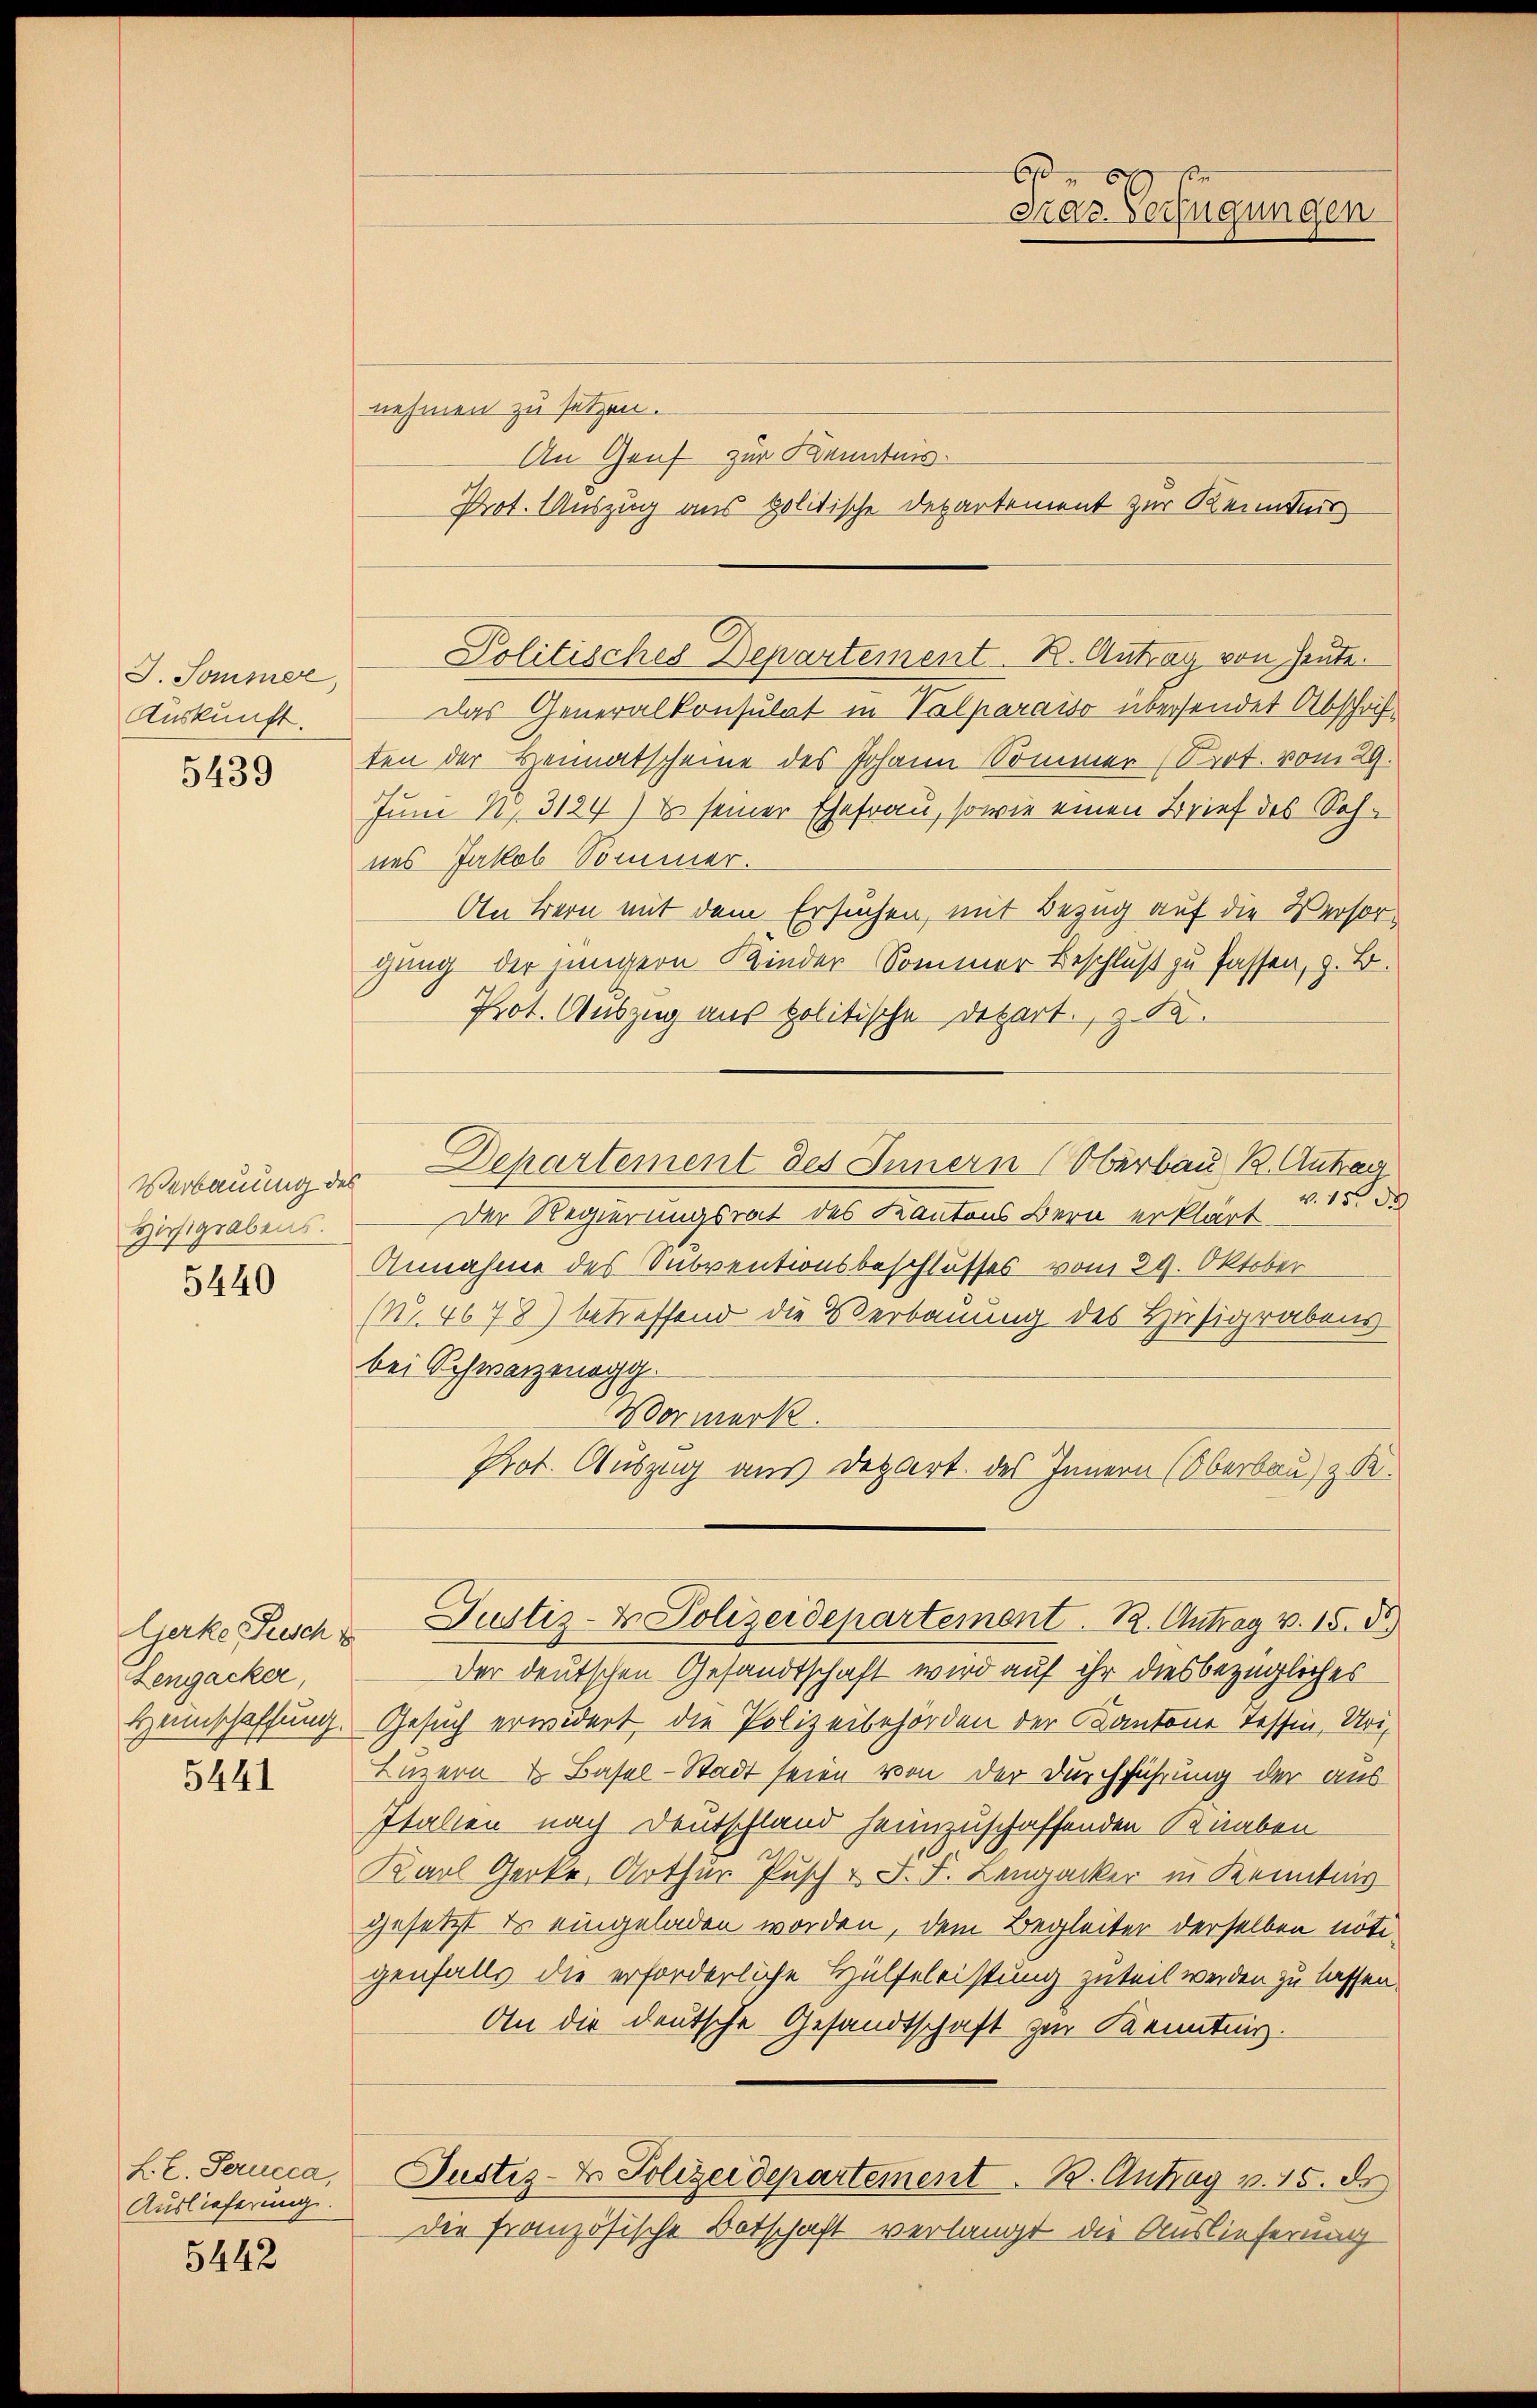
J. Sommer,
Auskunft.

5439

Hirsigrabens.
5440

Lengacker,

5441

f. E. Gerucca,
Auslieferung.

5442

nehmen zu setzen.
An Genf zur Kenntnis.
Das Generalkonsulat in Valparaiso übersendet Abschrif
ten der Heimatscheine des Johann Sommer (Prot. vom 29.
Juni N. 3124) & seiner Ehefrau, sowie einen Brief des Sohnes Jakob Sommer.
An Bern mit dem Ersuchen, mit Bezug auf die Versorgang der jüngern Kinder-Sommer Beschluß zu fassen, z. B.
Prot. Auszug aus politische Detert. 352.
Verbauung des Departement des Innern (Oberbau B. Antrag
Der Regierungsrat des Kantons Bern erklärt u. 15. de
Annahme des Subventionsbeschlusses vom 29. Oktober
(Nr. 4678) betreffend die Verbauung des Husigrabens
bei Schwarzenögg.
Vormerk.
Prot. Auszug aus Depart des Innern (Oberbau) z. R.
lierke Zusch. Justiz- & Polizeidepartemont. 12. Antrag v. 15. 55.
Der deutschen Gesandtschaft wird auf ihr diesbezügliches
Heinschaffung. Gesuch erwidert, die Polizeibehörden der Kantone Tessin, Uri,
Luzern & Basel-Stadt seien von der Durchführung der aus
Italien nach Deutschland heimzuschaffenden Knaben
Kaul Gerke, Arthur Pusch & J. F. Lengacker in Kenntnis
gesetzt es eingeladen worden, dem Begleiter derselben nötigenfalls die erforderliche Hülfeleistung zuteil werden zu lassen.
An die deutsche Gesandtschaft zur Kenntnis.
Justiz- & Polizeidepartement 12. Antrag v. 15. d.
die französische Botschaft verlangt die Auslieferung

b
Mar. Verfügungen

Prot. Auszug aus politische Departement zur Kenntnis
Politisches Departement. B. Antrag von heute.